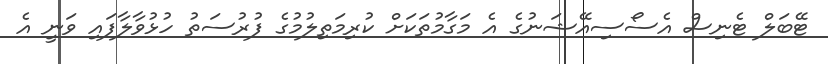
ޓޭބަލް ޓެނިސް އެސޯސިއޭޝަނުގެ އެ މަގާމުތަކަށް ކުރިމަތިލުމުގެ ފުރުސަތު ހުޅުވާލާފައި ވަނީ އެ